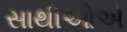
સાથીઓએ